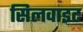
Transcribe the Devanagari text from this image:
सिलवाइट